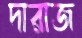
দারাজ